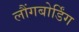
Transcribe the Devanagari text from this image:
लौंगबोर्डिंग